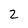
Character: 2